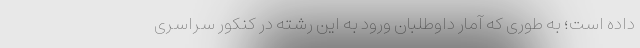
داده است؛ به طوری که آمار داوطلبان ورود به این رشته در کنکور سراسری